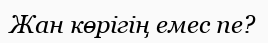
Жан көрігің емес пе?